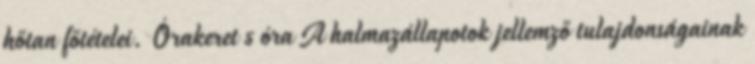
hőtan főtételei. Órakeret 5 óra A halmazállapotok jellemző tulajdonságainak